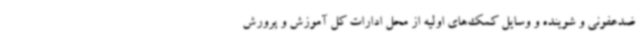
ضدعفونی و شوینده و وسایل کمک‌های اولیه از محل ادارات کل آموزش و پرورش